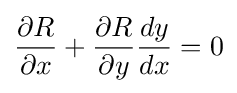
{\frac {\partial R}{\partial x}}+{\frac {\partial R}{\partial y}}{\frac {dy}{dx}}=0